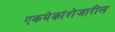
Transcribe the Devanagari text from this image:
एकमेकांशेजारील